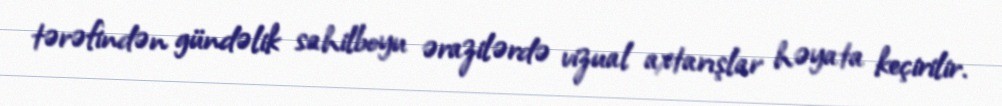
tərəfindən gündəlik sahilboyu ərazilərdə vizual axtarışlar həyata keçirilir.